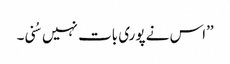
’’اس نے پوری بات نہیں سُنی۔